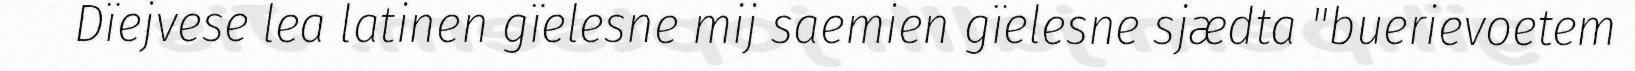
Dïejvese lea latinen gïelesne mij saemien gïelesne sjædta "buerievoetem